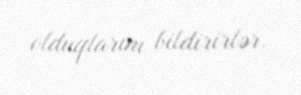
olduqlarını bildirirlər.